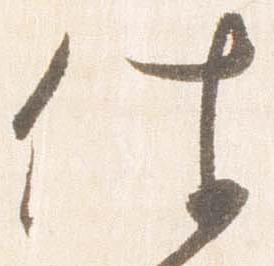
件